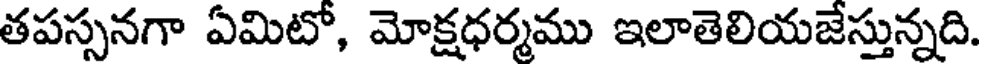
తపస్సనగా ఏమిటో, మోక్షధర్మము ఇలాతెలియజేస్తున్నది.